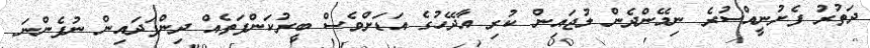
ދަތުރު ފެށުނީއްސުރެ ނިމޭންދެން ލުޖައިން ކުރި އާދޭހުގެ އަޑަށްވެސް ބީރުކަންފަތެއް ދިންފަދައިން ނުފެންނަ